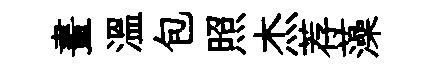
晝温包照杰荐藻